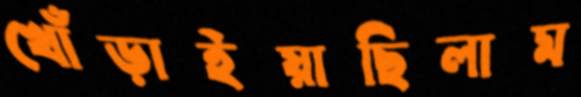
খোঁড়াইয়াছিলাম